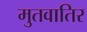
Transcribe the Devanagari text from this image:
मुतवातिर